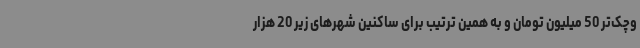
وچک‌تر 50 میلیون تومان و به همین ترتیب برای ساکنین شهرهای زیر 20 هزار